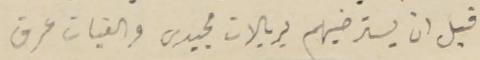
قبل ان يسترضيهم بريالات مجيدى والفيات عرق